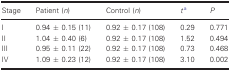
<table><thead><tr><td><b>Stage</b></td><td><b>Patient (<i>n</i>)</b></td><td><b>Control (<i>n</i>)</b></td><td><b><i>t</i>a</b></td><td><b><i>P</i></b></td></tr></thead><tbody><tr><td>I</td><td>0.94 ± 0.15 (11)</td><td>0.92 ± 0.17 (108)</td><td>0.29</td><td>0.771</td></tr><tr><td>II</td><td>1.04 ± 0.40 (6)</td><td>0.92 ± 0.17 (108)</td><td>1.52</td><td>0.494</td></tr><tr><td>III</td><td>0.95 ± 0.11 (22)</td><td>0.92 ± 0.17 (108)</td><td>0.73</td><td>0.468</td></tr><tr><td>IV</td><td>1.09 ± 0.23 (12)</td><td>0.92 ± 0.17 (108)</td><td>3.10</td><td>0.002</td></tr></tbody></table>